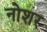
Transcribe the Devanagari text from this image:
नोशर